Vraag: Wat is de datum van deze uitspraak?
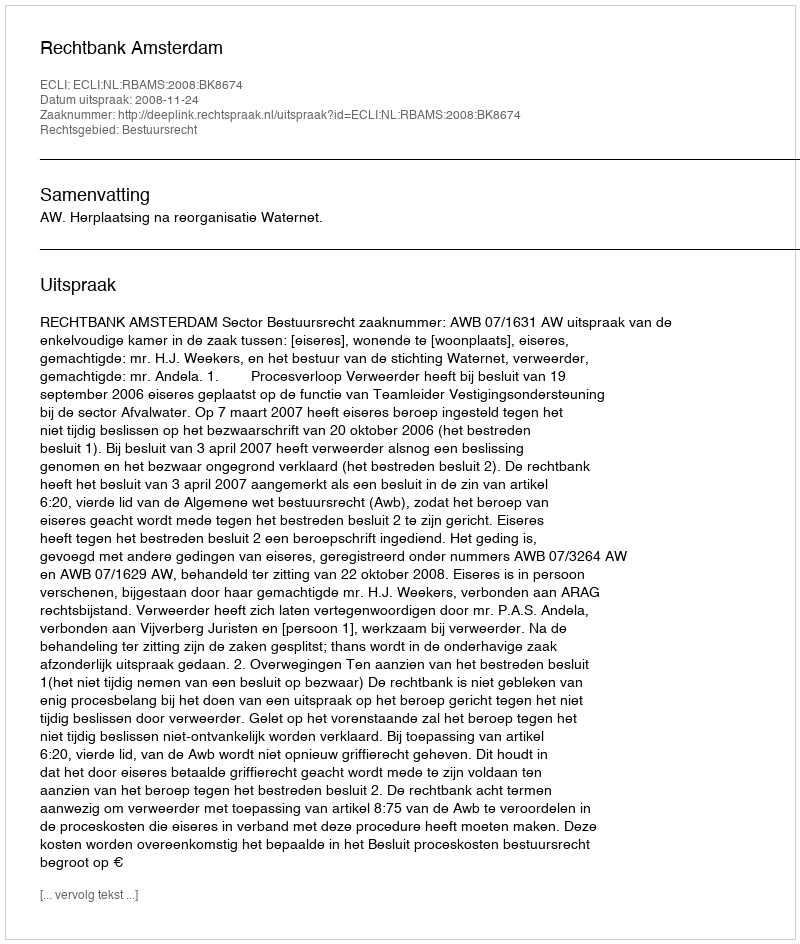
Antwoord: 2008-11-24